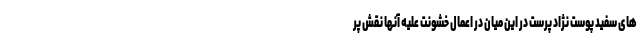
های سفید پوست نژاد پرست در این میان در اعمال خشونت علیه آنها نقش پر